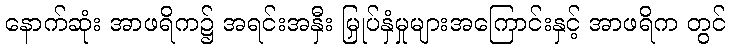
နောက်ဆုံး အာဖရိက၌ အရင်းအနှီး မြှုပ်နှံမှုများအကြောင်းနှင့် အာဖရိက တွင်